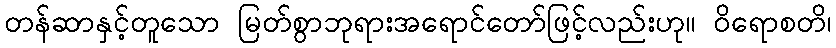
တန်ဆာနှင့်တူသော မြတ်စွာဘုရားအရောင်တော်ဖြင့်လည်းဟု။ ဝိရောစတိ၊